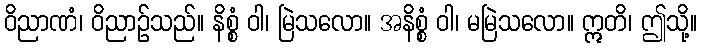
ဝိညာဏံ၊ ဝိညာဉ်သည်။ နိစ္စံ ဝါ၊ မြဲသလော။ အနိစ္စံ ဝါ၊ မမြဲသလော။ ဣတိ၊ ဤသို့။